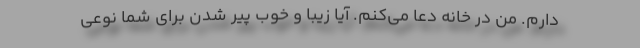
دارم. من در خانه دعا می‌کنم. آیا زیبا و خوب پیر شدن برای شما نوعی